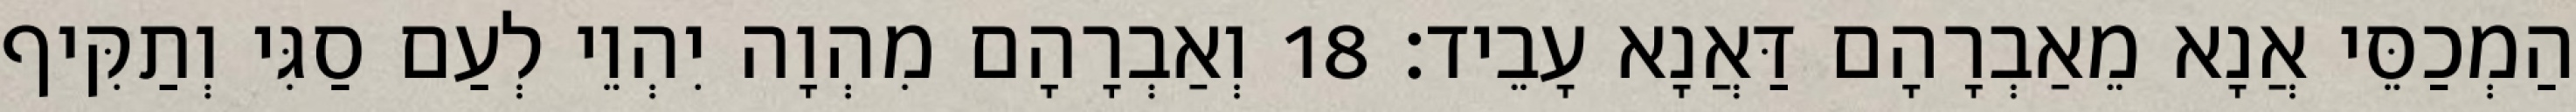
הַמְכַסֵּי אֲנָא מֵאַבְרָהָם דַּאֲנָא עָבֵיד׃ 18 וְאַבְרָהָם מִהְוָה יִהְוֵי לְעַם סַגִּי וְתַקִּיף